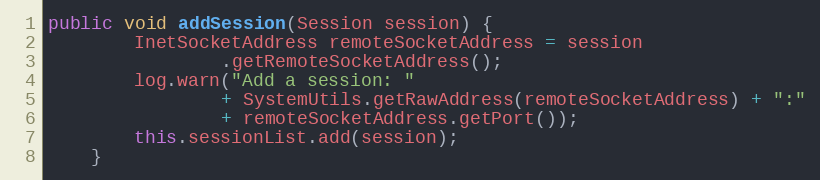
Language: Java
public void addSession(Session session) {
		InetSocketAddress remoteSocketAddress = session
				.getRemoteSocketAddress();
		log.warn("Add a session: "
				+ SystemUtils.getRawAddress(remoteSocketAddress) + ":"
				+ remoteSocketAddress.getPort());
		this.sessionList.add(session);
	}